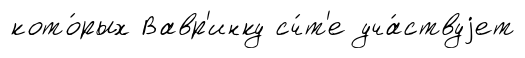
кото́рых Вавр'инку сч́т'е уча́ствуjет